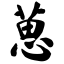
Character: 葸